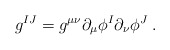
\begin{align*}g^{IJ}=g^{\mu \nu }\partial _{\mu }\phi ^{I}\partial _{\nu }\phi ^{J}\;.\end{align*}